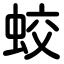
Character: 蛟